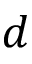
d